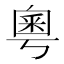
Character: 粵